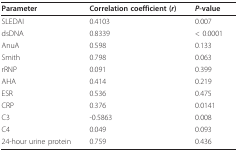
| Parameter | Correlation coefficient (r) | P-value |
 | --- | --- | --- |
 | SLEDAI | 0.4103 | 0.007 |
 | dsDNA | 0.8339 | < 0.0001 |
 | AnuA | 0.598 | 0.133 |
 | Smith | 0.798 | 0.063 |
 | rRNP | 0.091 | 0.399 |
 | AHA | 0.414 | 0.219 |
 | ESR | 0.536 | 0.475 |
 | CRP | 0.376 | 0.0141 |
 | C3 | -0.5863 | 0.008 |
 | C4 | 0.049 | 0.093 |
 | 24-hour urine protein | 0.759 | 0.436 |